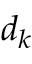
d _ { k }